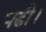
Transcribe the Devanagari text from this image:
पढी।